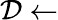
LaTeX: \mathcal{D}\gets